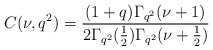
\begin{align*}C(\nu,q^2)=\frac{(1+q)\Gamma_{q^2}(\nu+1)}{2\Gamma_{q^2}(\frac{1}{2})\Gamma_{q^2}(\nu+\frac{1}{2})}\end{align*}